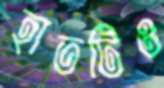
হাতটিও